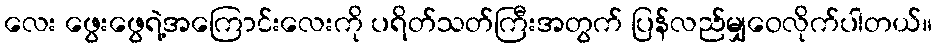
လေး ဖွေးဖွေရဲ့အကြောင်းလေးကို ပရိတ်သတ်ကြီးအတွက် ပြန်လည်မျှဝေလိုက်ပါတယ်။